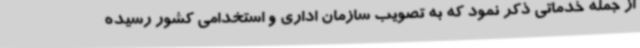
از جمله خدماتی ذکر نمود که به تصویب سازمان اداری و استخدامی کشور رسیده